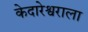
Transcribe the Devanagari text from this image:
केदारेश्वराला